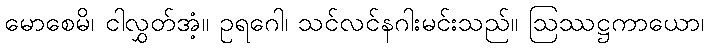
မောစေမိ၊ ငါလွှတ်အံ့။ ဥရဂေါ၊ သင်လင်နဂါးမင်းသည်။ ဩဿဋ္ဌကာယော၊